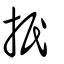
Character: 抿